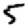
Digit: 5